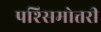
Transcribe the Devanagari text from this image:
पश्सिमोत्तरी